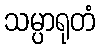
သမ္ပာရုတံ